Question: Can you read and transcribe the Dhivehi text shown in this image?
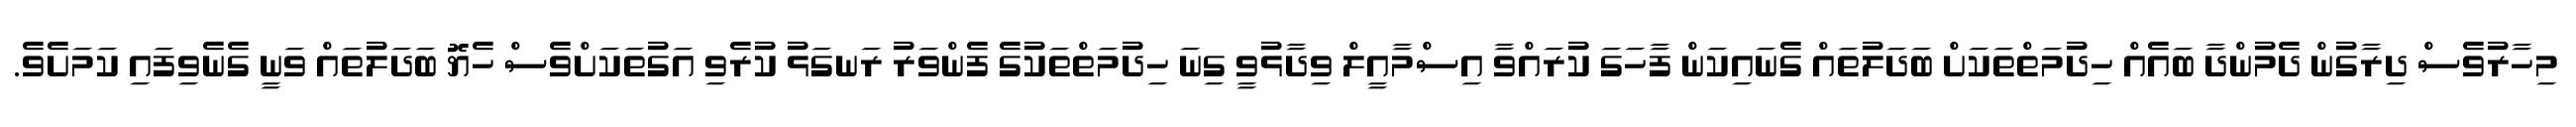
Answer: މިހާރުވެސް ދިރާގުން ދެމުންދާ ބައެއް ހިދުމަތްތަކަށް ބަދަލުތައް ގެނައިކަން ފާހަގަ ކުރައްވާ އިސްމާއީލް ވިދާޅުވީ ގިނަ ހިދުމަތްތަކުގެ ފެންވަރު ރަނގަޅު ކުރެވި އަގުތަކަށްވެސް ހެޔޮ ބަދަލުތައް ވަނީ ގެނެވިފައި ކަމަށެވެ.